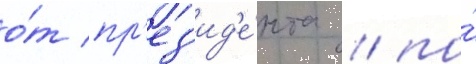
о́т пр'ез'ид'е́нта / по́